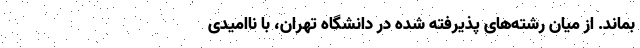
بماند. از میان رشته‌های پذیرفته شده در دانشگاه تهران، با ناامیدی